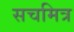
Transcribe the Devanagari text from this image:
सचमित्र